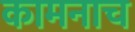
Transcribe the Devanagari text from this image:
कामनाच